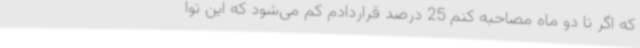
که اگر تا دو ماه مصاحبه کنم 25 درصد قراردادم کم می‌شود که این توا